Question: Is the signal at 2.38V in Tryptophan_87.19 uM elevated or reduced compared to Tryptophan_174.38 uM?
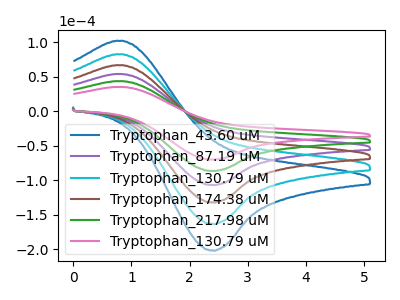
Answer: <think>The blue curve "Tryptophan_43.60 uM" has an anodic peak at (0.80V, 219.55uA) and a cathodic peak at (2.40V, -432.40uA). The purple curve "Tryptophan_87.19 uM" has an anodic peak at (0.80V, 87.80uA) and a cathodic peak at (2.40V, -172.95uA). The cyan curve "Tryptophan_130.79 uM" has an anodic peak at (0.80V, 175.65uA) and a cathodic peak at (2.40V, -345.90uA). The brown curve "Tryptophan_174.38 uM" has an anodic peak at (0.80V, 131.70uA) and a cathodic peak at (2.40V, -259.45uA). The green curve "Tryptophan_217.98 uM" has an anodic peak at (0.80V, 43.90uA) and a cathodic peak at (2.40V, -86.50uA). The pink curve "Tryptophan_130.79 uM" has an anodic peak at (0.80V, 35.50uA) and a cathodic peak at (2.40V, -69.95uA).</think>
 <answer>The peak at 2.38V is lower in "Tryptophan_87.19 uM" than in "Tryptophan_174.38 uM".</answer>
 <eval>lower</eval>